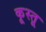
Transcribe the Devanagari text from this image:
कूस्तू